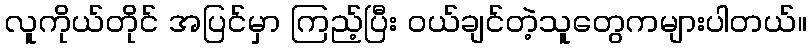
လူကိုယ်တိုင် အပြင်မှာ ကြည့်ပြီး ဝယ်ချင်တဲ့သူတွေကများပါတယ်။